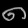
Digit: ၈